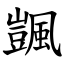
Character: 颽